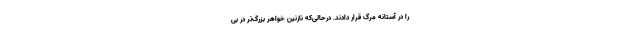
را در آستانه مرگ قرار دادند. درحالی‌که نازنین خواهر بزرگ‌تر در بی